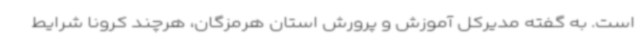
است. به گفته مدیرکل آموزش و پرورش استان هرمزگان، هرچند کرونا شرایط